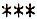
***